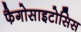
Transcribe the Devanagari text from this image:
फैगोसाइटोसिस